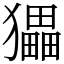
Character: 𤢹